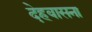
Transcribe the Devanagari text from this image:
देहवासना